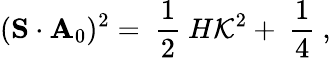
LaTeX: ({\mathbf S}\cdot{\mathbf A}_{0})^{2}=\mathrm{~\frac{1}{2}~}H{\cal K}^{2}+\mathrm{~\frac{1}{4}~},